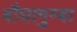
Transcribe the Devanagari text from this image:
बौघागुम्बा